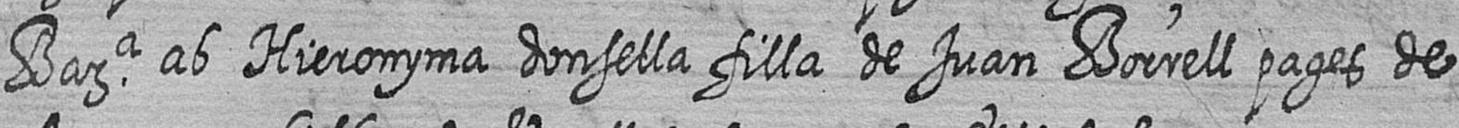
Bara ab Hieronyma donsella filla de Juan Borrell pages de